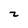
Character: z